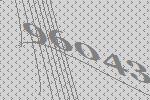
96043